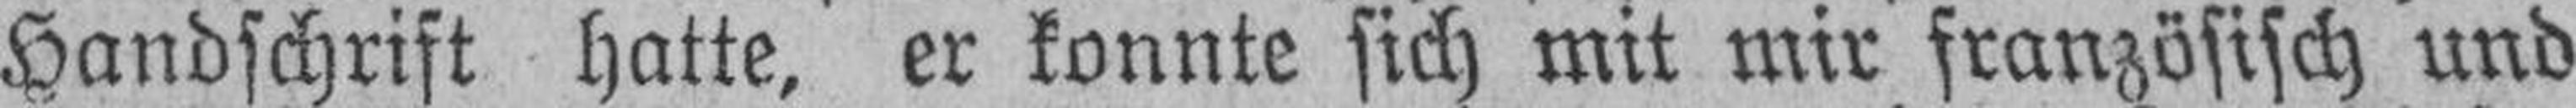
Handschrift hatte, er konnte sich mit mir französisch und